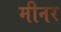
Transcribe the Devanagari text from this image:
मीनर